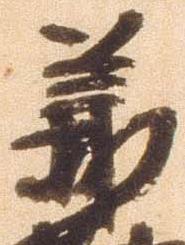
義